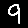
Digit: 9